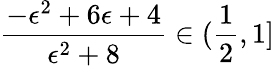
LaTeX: \frac{-\epsilon^{2}+6\epsilon+4}{\epsilon^{2}+8}\in(\frac{1}{2},1]